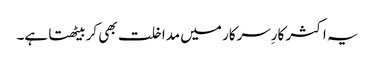
یہ اکثر کارِسرکار میں مداخلت بھی کربیٹھتا ہے۔